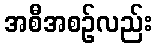
အစီအစဉ်လည်း